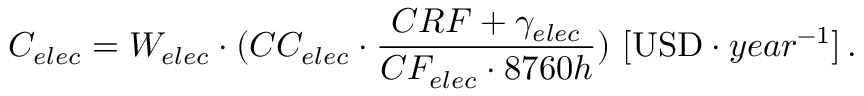
C _ { e l e c } = W _ { e l e c } \cdot ( C C _ { e l e c } \cdot \frac { C R F + \gamma _ { e l e c } } { C F _ { e l e c } \cdot 8 7 6 0 h } ) \ [ \mathrm { U S D } \cdot y e a r ^ { - 1 } ] \, .